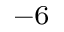
^ { - 6 }